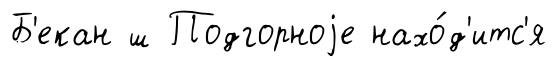
Б'екан ш Подгорноjе нахо́д'итс'я